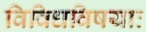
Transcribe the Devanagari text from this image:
विविधविषयाः